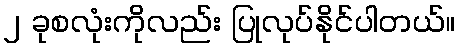
၂ ခုစလုံးကိုလည်း ပြုလုပ်နိုင်ပါတယ်။